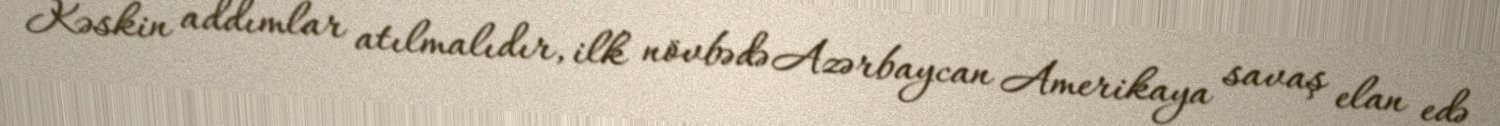
Kəskin addımlar atılmalıdır, ilk növbədə Azərbaycan Amerikaya savaş elan edə